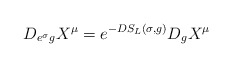
\begin{align*}D_{e^\sigma g}X^\mu=e^{-D S_L(\sigma,g)}D_gX^\mu\end{align*}